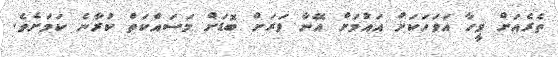
ތެރެއަށް ވީހާ އަވަހަކަށް އައުމަށް އޭނާ ވަރަށް ބޮޑަށް މަސައްކަތް ކުރާނެ ކަމަށެވެ.